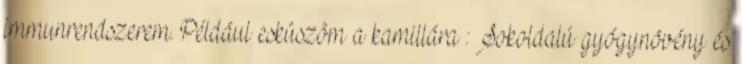
immunrendszerem. Például esküszöm a kamillára : Sokoldalú gyógynövény és